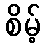
စိမ့်